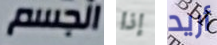
الجسم إذا أريد